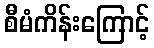
စီမံကိန်းကြောင့်